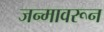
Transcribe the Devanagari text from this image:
जन्मावरून